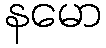
နမော